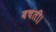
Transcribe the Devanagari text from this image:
बचती।